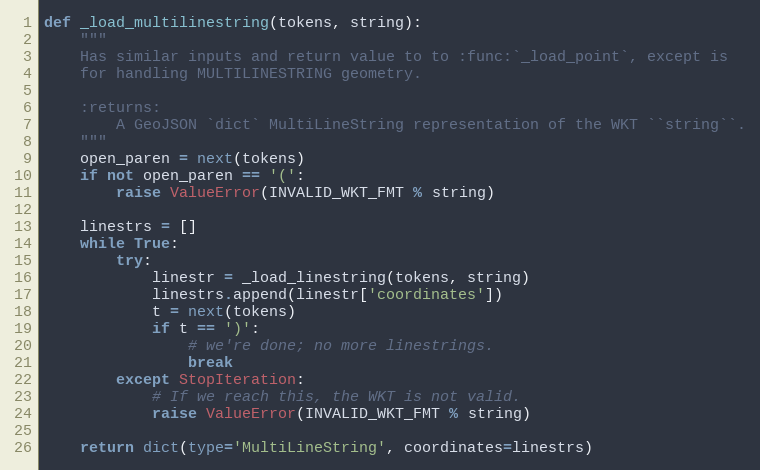
Language: Python
def _load_multilinestring(tokens, string):
    """
    Has similar inputs and return value to to :func:`_load_point`, except is
    for handling MULTILINESTRING geometry.

    :returns:
        A GeoJSON `dict` MultiLineString representation of the WKT ``string``.
    """
    open_paren = next(tokens)
    if not open_paren == '(':
        raise ValueError(INVALID_WKT_FMT % string)

    linestrs = []
    while True:
        try:
            linestr = _load_linestring(tokens, string)
            linestrs.append(linestr['coordinates'])
            t = next(tokens)
            if t == ')':
                # we're done; no more linestrings.
                break
        except StopIteration:
            # If we reach this, the WKT is not valid.
            raise ValueError(INVALID_WKT_FMT % string)

    return dict(type='MultiLineString', coordinates=linestrs)